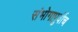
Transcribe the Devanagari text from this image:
संभोगापुर्वीच